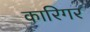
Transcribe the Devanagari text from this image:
कारिगर